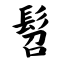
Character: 髫